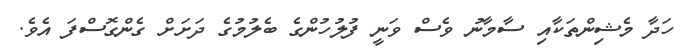
ހަދާ މެޝިންތަކާއި ސާމާނު ވެސް ވަނީ ފުލުހުންގެ ބެލުމުގެ ދަށަށް ގެންގޮސްފަ އެވެ.